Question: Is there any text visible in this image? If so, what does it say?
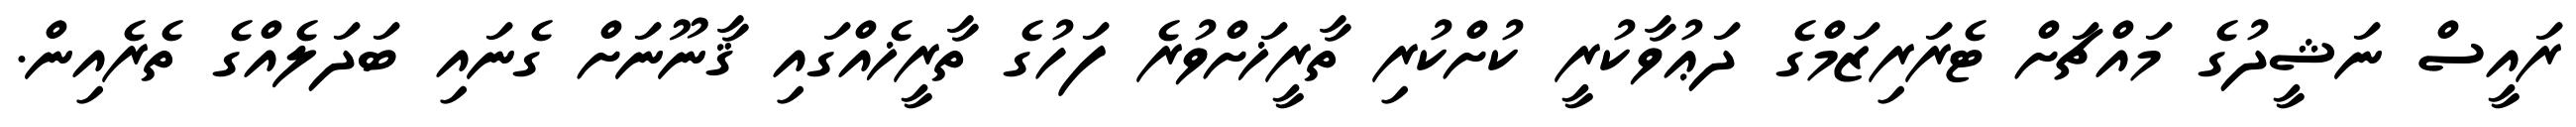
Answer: ރައީސް ނަޝީދުގެ މައްޗަށް ޓެރަރިޒަމްގެ ދަޢުވާކުރީ ކުށްކުރި ތާރީޚަށްވުރެ ފަހުގެ ތާރީޚެއްގައި ޤާނޫނަށް ގެނައި ބަދަލެއްގެ ތެރެއިން.